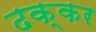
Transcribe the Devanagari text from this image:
ढक्कर